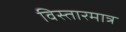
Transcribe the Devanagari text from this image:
विस्तारमात्र